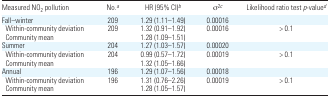
<table><thead><tr><td><b>Measured NO<sub>2</sub> pollution</b></td><td><b>No.a</b></td><td><b>HR (95% CI)b</b></td><td><b>σ<sup>2c</sup></b></td><td><b>Likelihood ratio test <i>p</i>-valued</b></td></tr></thead><tbody><tr><td>Fall–winter</td><td>209</td><td>1.29 (1.11–1.49)</td><td>0.00016</td><td></td></tr><tr><td> Within-community deviation</td><td>209</td><td>1.32 (0.91–1.92)</td><td>0.00016</td><td>&gt; 0.1</td></tr><tr><td> Community mean</td><td></td><td>1.28 (1.09–1.51)</td><td></td><td></td></tr><tr><td>Summer</td><td>204</td><td>1.27 (1.03–1.57)</td><td>0.00020</td><td></td></tr><tr><td> Within-community deviation</td><td>204</td><td>0.99 (0.57–1.72)</td><td>0.00019</td><td>&gt; 0.1</td></tr><tr><td> Community mean</td><td></td><td>1.32 (1.05–1.66)</td><td></td><td></td></tr><tr><td>Annual</td><td>196</td><td>1.29 (1.07–1.56)</td><td>0.00018</td><td></td></tr><tr><td> Within-community deviation</td><td>196</td><td>1.31 (0.76–2.26)</td><td>0.00019</td><td>&gt; 0.1</td></tr><tr><td> Community mean</td><td></td><td>1.28 (1.05–1.57)</td><td></td><td></td></tr></tbody></table>